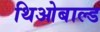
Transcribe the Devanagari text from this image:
थिओबाल्ड